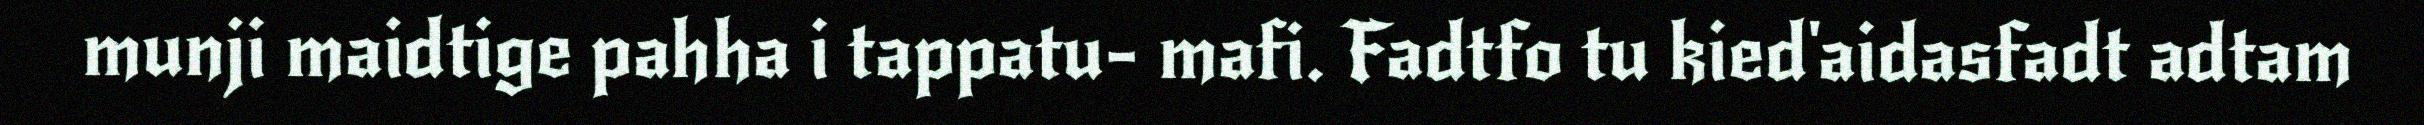
munji maidtige pahha i tappatu- mafi. Fadtfo tu kied'aidasfadt adtam